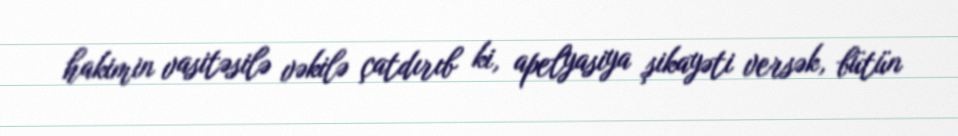
hakimin vasitəsilə vəkilə çatdırıb ki, apelyasiya şikayəti versək, bütün